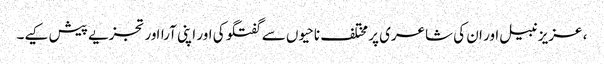
، عزیز نبیل اور ان کی شاعری پر مختلف ناحیوں سے گفتگو کی اور اپنی آرااور تجزیے پیش کیے۔